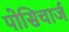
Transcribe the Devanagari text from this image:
पोसिचार्ज